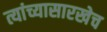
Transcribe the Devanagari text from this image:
त्यांच्यासारखेच